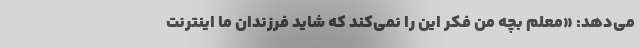
می‌دهد: «معلم بچهِ من فکر این را نمی‌کند که شاید فرزندان ما اینترنت